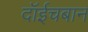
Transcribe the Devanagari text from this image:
दॉईचबान